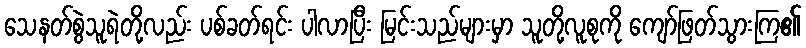
သေနတ်စွဲသူရဲတို့လည်း ပစ်ခတ်ရင်း ပါလာပြီး မြင်းသည်များမှာ သူတို့လူစုကို ကျော်ဖြတ်သွားကြ၏